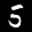
Label: 5